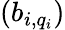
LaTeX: (b_{i,q_{i}})